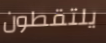
يلتقطون